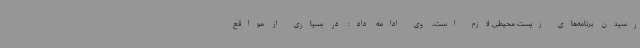
رسیدن برنامه‌های زیست محیطی لازم است. وی ادامه داد: در بسیاری از مواقع